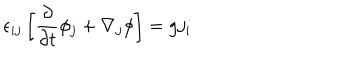
\epsilon _ { i j } \left[ { \frac { \partial } { \partial t } } \phi _ { j } + \nabla _ { j } \phi \right] = g j _ { i }